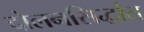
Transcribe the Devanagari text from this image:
दोलनसिद्धांत